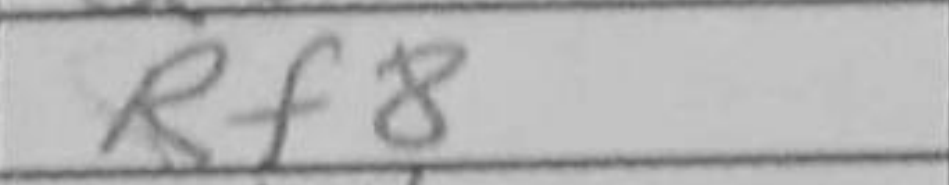
Transcription: Rf8